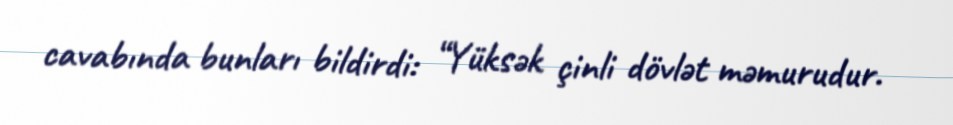
cavabında bunları bildirdi: “Yüksək çinli dövlət məmurudur.